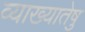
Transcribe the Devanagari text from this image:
व्याख्यातेषु